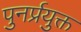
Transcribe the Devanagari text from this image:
पुनर्प्रयुक्त